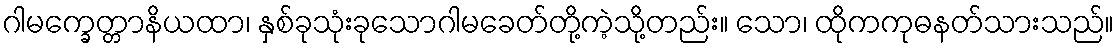
ဂါမက္ခေတ္တာနိယထာ၊ နှစ်ခုသုံးခုသောဂါမခေတ်တို့ကဲ့သို့တည်း။ သော၊ ထိုကကုဓနတ်သားသည်။